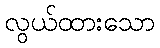
လွယ်ထားသော